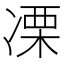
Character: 凓